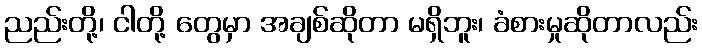
ညည်းတို့၊ ငါတို့ တွေမှာ အချစ်ဆိုတာ မရှိဘူး၊ ခံစားမှုဆိုတာလည်း